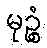
မုဉ္စံ